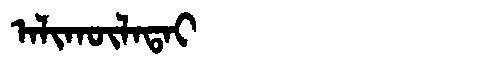
Manchu: ᠠᠯᡳᡴᡡᠯᠠᡨᠠᡳ
Romanization: ALIKŪLATAI